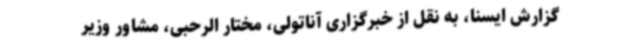
گزارش ایسنا، به نقل از خبرگزاری آناتولی، مختار الرحبی، مشاور وزیر